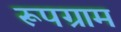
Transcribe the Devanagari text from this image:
रूपग्राम